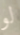
لو